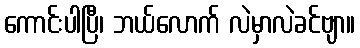
ကောင်းပါပြီ၊ ဘယ်လောက် လဲမှာလဲခင်ဗျာ။